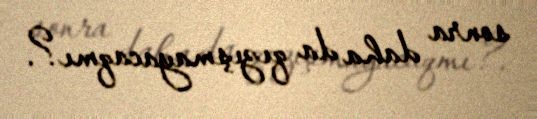
sonra daha da qızışmayacaqmı?.